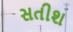
સતીશ